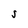
Character: S